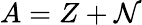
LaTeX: A=Z+\mathcal{N}